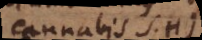
cannabis S.H)